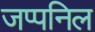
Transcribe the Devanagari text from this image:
जप्पनिल